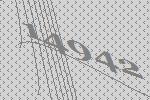
14942